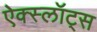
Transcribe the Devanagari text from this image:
ऐक्स्लॉट्स